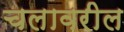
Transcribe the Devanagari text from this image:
चलावरील